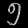
Digit: ၅